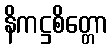
နိကဋ္ဌစိတ္တော